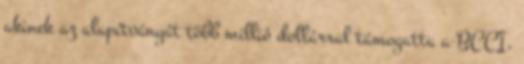
akinek az alapítványát több millió dollárral támogatta a BCCI,